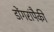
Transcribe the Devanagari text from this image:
डोंगरांपैकी